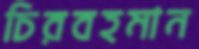
চিরবহমান